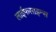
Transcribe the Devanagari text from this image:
लाईफसाइन्स